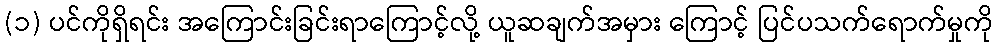
(၁) ပင်ကိုရှိရင်း အကြောင်းခြင်းရာကြောင့်လို့ ယူဆချက်အမှား ကြောင့် ပြင်ပသက်ရောက်မှုကို